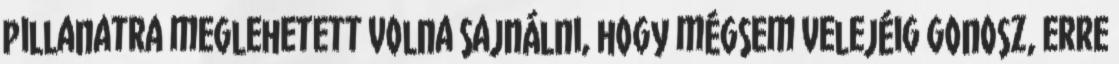
pillanatra meglehetett volna sajnálni, hogy mégsem velejéig gonosz, erre